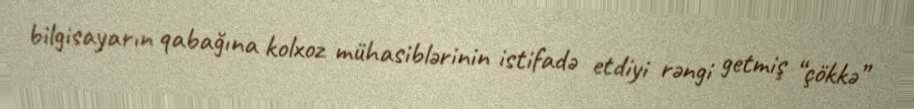
bilgisayarın qabağına kolxoz mühasiblərinin istifadə etdiyi rəngi getmiş “çökkə”